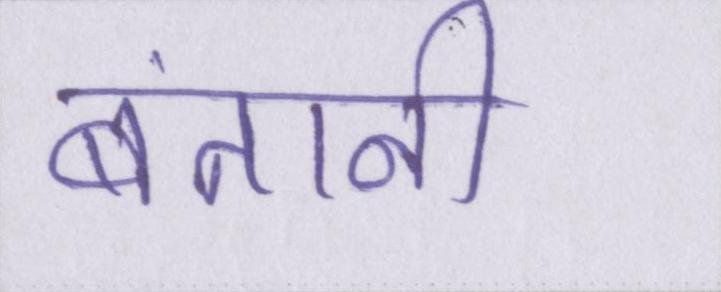
बंतानी